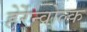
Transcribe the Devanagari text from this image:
हेर्रेन्वोल्क